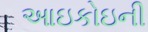
આઇકોઇની